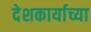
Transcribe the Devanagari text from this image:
देशकार्याच्या